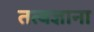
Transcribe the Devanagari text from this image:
तत्वज्ञाना